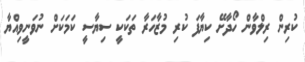
ކުރިން ރިލްވާން ހޯދާށޭ ކިޔާފަ ކުރި މުޒާހަރާ ތަކަކީ ސިޔާސީ ކަމަކަށް ނުވަނީވިއްޔާ